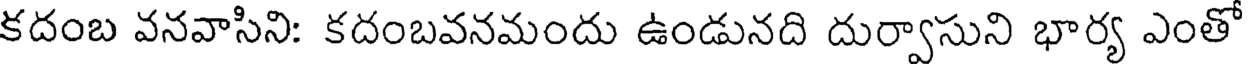
కదంబ వనవాసిని: కదంబవనమందు ఉండునది దుర్వాసుని భార్య ఎంతో